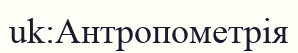
uk:Антропометрія